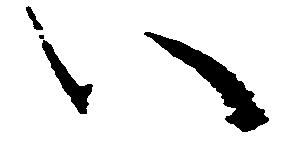
い